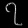
Digit: ၇